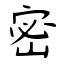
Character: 密